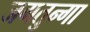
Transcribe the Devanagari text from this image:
जगतुन्गा